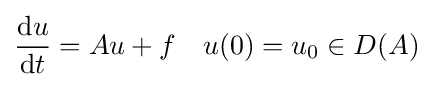
{\frac {\mathrm {d} u}{\mathrm {d} t}}=Au+f\quad u(0)=u_{0}\in D(A)